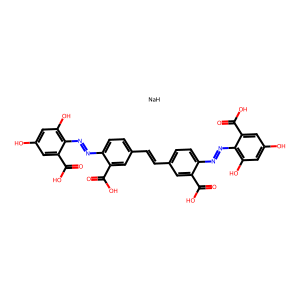
SMILES: O=C(O)c1cc(C=Cc2ccc(N=Nc3c(O)cc(O)cc3C(=O)O)c(C(=O)O)c2)ccc1N=Nc1c(O)cc(O)cc1C(=O)O.[NaH]
Inhibits HIV replication: Yes